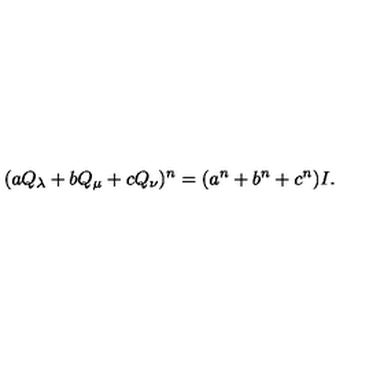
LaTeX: ( a Q _ { \lambda } + b Q _ { \mu } + c Q _ { \nu } ) ^ { n } = ( a ^ { n } + b ^ { n } + c ^ { n } ) I .